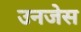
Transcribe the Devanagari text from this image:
उनजेस